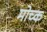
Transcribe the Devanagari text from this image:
मोच्क